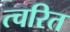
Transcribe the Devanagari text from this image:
त्चरित